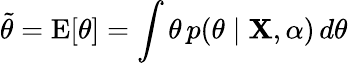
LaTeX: {\tilde{\theta}}=\operatorname{E}[\theta]=\int\theta\, p(\theta\mid\mathbf{X},\alpha)\, d\theta